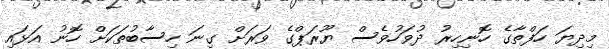
މިދިޔަ ހަފްތާގެ ހޮނިހިރު ދުވަހުވެސް ޔޫރަޕްގެ ވަރަށް ގިނަ ހިސާބުތަކަށް ހޮނު އަޅައި